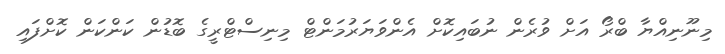
މިނޫނިއްޔާ ބްރޯ އަށް ވުރެން ނުބައިކޮށް އެންވަޔަރުމަންޓް މިނިސްޓްރީގެ ބޮޑުން ކަންކަން ކޮށްފައި